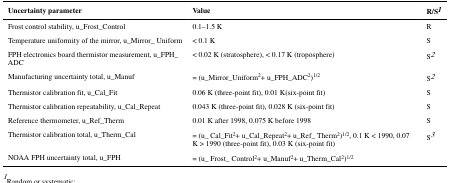
<table><thead><tr><td><b>Uncertainty parameter</b></td><td><b>Value</b></td><td><b>R/S1</b></td></tr></thead><tbody><tr><td>Frost control stability, u_Frost_Control</td><td>0.1–1.5 K</td><td>R</td></tr><tr><td>Temperature uniformity of the mirror, u_Mirror_ Uniform</td><td>&lt; 0.1 K</td><td>S</td></tr><tr><td>FPH electronics board thermistor measurement, u_FPH_ ADC</td><td>&lt; 0.02 K (stratosphere), &lt; 0.17 K (troposphere)</td><td>S2</td></tr><tr><td>Manufacturing uncertainty total, u_Manuf</td><td>= (u_Mirror_Uniform<sup>2</sup>+ u_FPH_ADC<sup>2</sup>)<sup>1/2</sup></td><td>S2</td></tr><tr><td>Thermistor calibration fit, u_Cal_Fit</td><td>0.06 K (three-point fit), 0.01 K(six-point fit)</td><td>S</td></tr><tr><td>Thermistor calibration repeatability, u_Cal_Repeat</td><td>0.043 K (three-point fit), 0.028 K (six-point fit)</td><td>S</td></tr><tr><td>Reference thermometer, u_Ref_Therm</td><td>0.01 K after 1998, 0.075 K before 1998</td><td>S</td></tr><tr><td>Thermistor calibration total, u_Therm_Cal</td><td>= (u_ Cal_Fit<sup>2</sup>+ u_Cal_Repeat<sup>2</sup>+ u_Ref_ Therm<sup>2</sup>)<sup>1/2</sup>, 0.1 K &lt; 1990, 0.07 K &gt; 1990 (three-point fit), 0.03 K (six-point fit)</td><td>S3</td></tr><tr><td>NOAA FPH uncertainty total, u_FPH</td><td>= (u_ Frost_ Control<sup>2</sup>+ u_Manuf<sup>2</sup>+ u_Therm_Cal<sup>2</sup>)<sup>1/2</sup></td><td></td></tr></tbody></table>